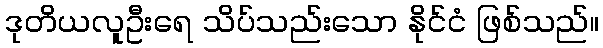
ဒုတိယလူဦးရေ သိပ်သည်းသော နိုင်ငံ ဖြစ်သည်။